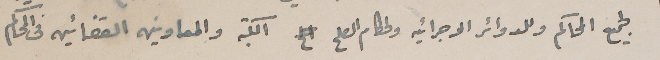
لجميع المحاكم والدوائر الاجرائيه ولحكام الصلح الكتبه والمعاونين القضائين فى المحاكم